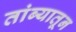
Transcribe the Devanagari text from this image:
तांब्यातून